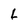
Character: L